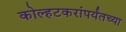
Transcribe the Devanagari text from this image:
कोल्हटकरांपर्यंतच्या